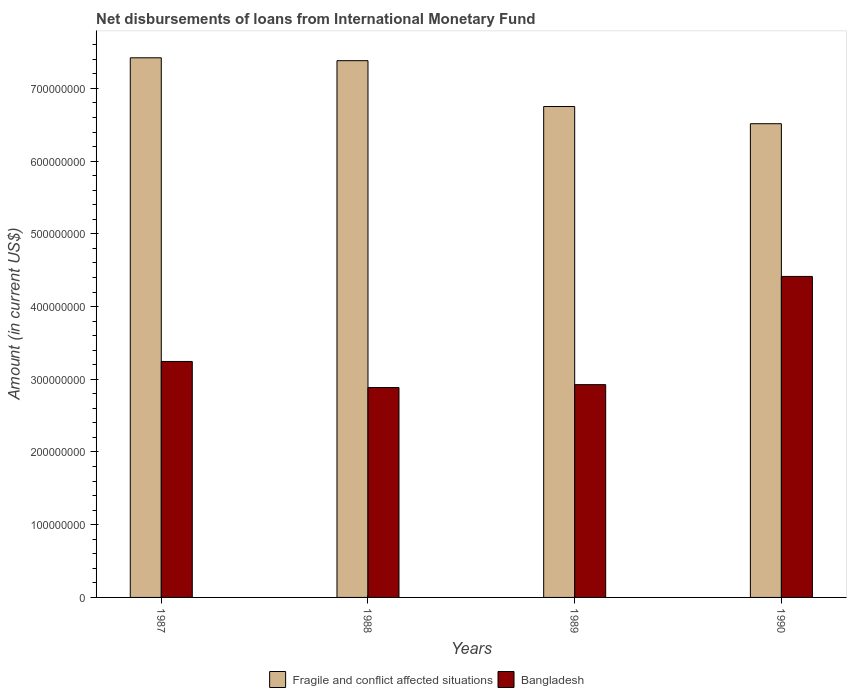
| Years | Fragile and conflict affected situations | Bangladesh |
 | --- | --- | --- |
 | 1987 | 7.42e+08 | 3.24e+08 |
 | 1988 | 7.38e+08 | 2.89e+08 |
 | 1989 | 6.75e+08 | 2.93e+08 |
 | 1990 | 6.51e+08 | 4.41e+08 |